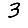
Digit: 3